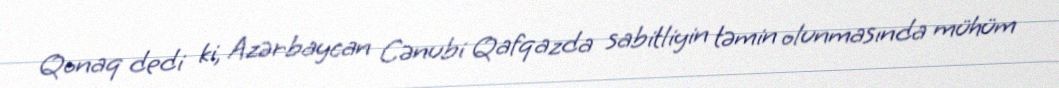
Qonaq dedi ki, Azərbaycan Cənubi Qafqazda sabitliyin təmin olunmasında mühüm